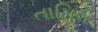
તામિલ